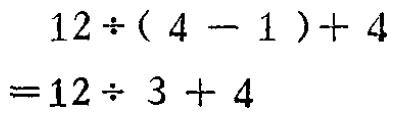
\[

\begin{align*}

&12\div(4 - 1)+4\\

=&12\div 3 + 4

\end{align*}

\]